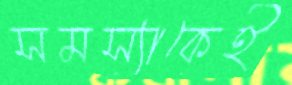
সমস্যাকেই